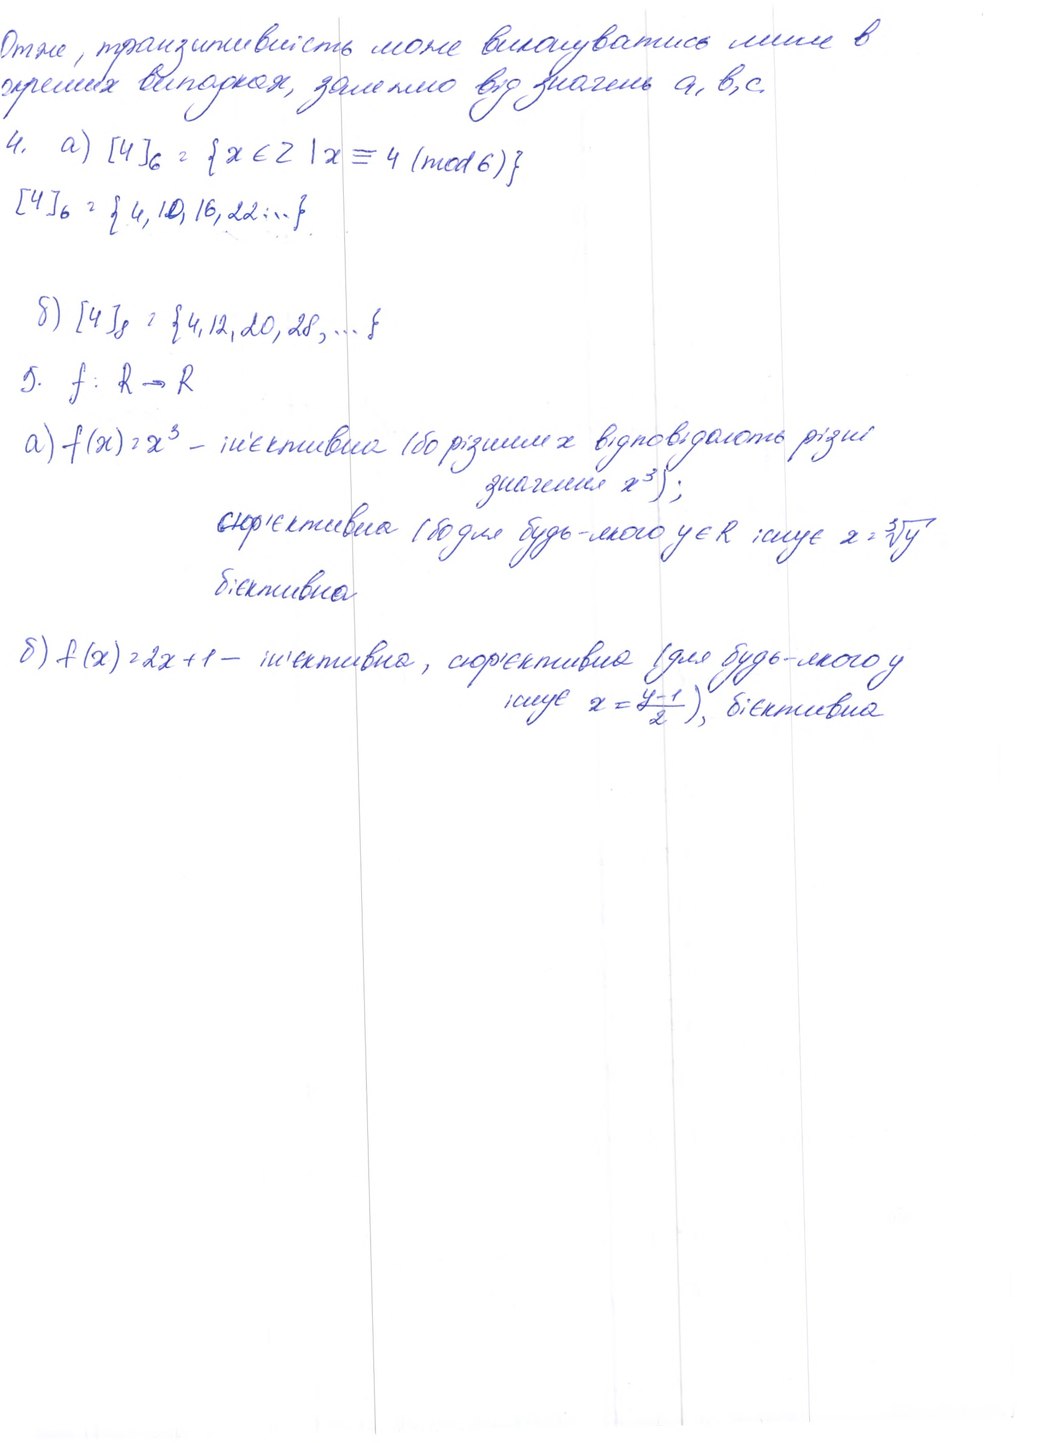
Отже, транзитивність може виконуватися лише в
окремих випадках, залежно від значень a, b, c
4. а)[4]₆ = {xєz) x=4(mod6)}
[4]₆ = {4, 10, 16, 22, ...}
8) [4]₈ = {4, 12, 20, 28, ...}
5. f : R → R
a) f(x) = x³ - ін'єктивна (бо різним x відповідають різні
значення x³);
сюр'єктивна (бо для будь-якого y ∈ R існує x = ∛̅y̅
бієктивна
б) f(x) = 2x + 1 - ін'єктивна, сюр'єктивна (для будь-якого y
існує x = (y-1)/2) , бієктивна